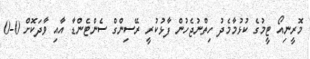
މޮރީނިއޯ ޓީމުގެ ކުޅުމާމެދު ހިތްނުޖެހުން ފާޅުކުރީ ރޭސިންގް ސެންޓެންޑާ އާއި ވާދަކޮށް 0-0